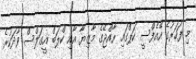
މި ފަހަރުގެ އޭއެފްސީ ކަޕްގައި ރާއްޖޭގެ މާޒިޔާ އާއި ކްލަބް އީގަލްސް ވާދަކުރެ